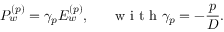
P _ { w } ^ { ( p ) } = \gamma _ { p } E _ { w } ^ { ( p ) } , \textrm { \, \, \, w i t h } \gamma _ { p } = - \frac { p } { D } .